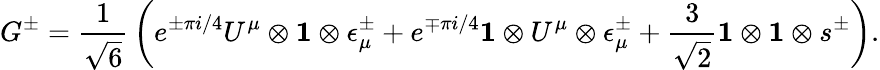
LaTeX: G^{\pm}={\frac{1}{\sqrt 6}}\left(e^{\pm\pi i/4}U^{\mu}\otimes{\mathbf 1}\otimes\epsilon_{\mu}^{\pm}+e^{\mp\pi i/4}{\mathbf 1}\otimes U^{\mu}\otimes\epsilon_{\mu}^{\pm}+{\frac{3}{\sqrt 2}}{\mathbf 1}\otimes{\mathbf 1}\otimes s^{\pm}\right).